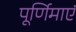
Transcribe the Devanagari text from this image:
पूर्णिमाएं